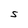
Character: S